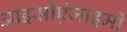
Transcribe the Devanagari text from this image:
आइसोएंजाइमों